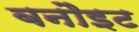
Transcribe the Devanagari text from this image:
बनौइट